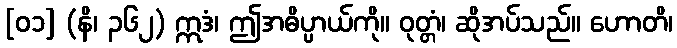
[၀၁] (နိ၊ ၃၆၂) ဣဒံ၊ ဤအဓိပ္ပာယ်ကို။ ဝုတ္တံ၊ ဆိုအပ်သည်။ ဟောတိ၊